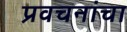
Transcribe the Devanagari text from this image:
प्रवचनांचा